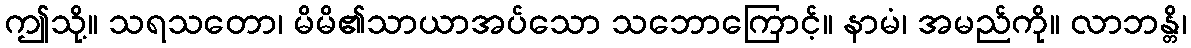
ဤသို့။ သရသတော၊ မိမိ၏သာယာအပ်သော သဘောကြောင့်။ နာမံ၊ အမည်ကို။ လာဘန္တိ၊